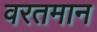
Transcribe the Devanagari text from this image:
वरतमान